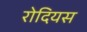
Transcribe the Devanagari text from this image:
रोदियस